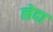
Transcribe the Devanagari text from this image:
लेदा